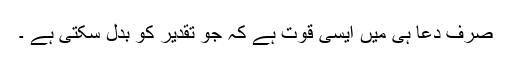
صرف دعا ہی میں ایسی قوت ہے کہ جو تقدیر کو بدل سکتی ہے ۔